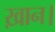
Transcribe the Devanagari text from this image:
ख़ान।